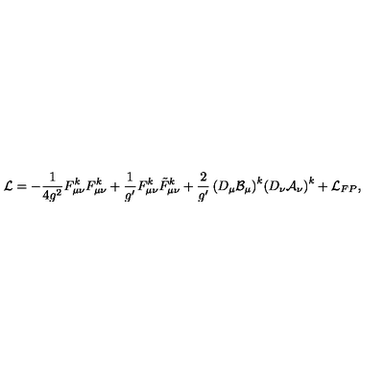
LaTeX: { \cal L } = - \frac { 1 } { 4 g ^ { 2 } } F _ { \mu \nu } ^ { k } F _ { \mu \nu } ^ { k } + \frac { 1 } { g ^ { \prime } } F _ { \mu \nu } ^ { k } \tilde { F } _ { \mu \nu } ^ { k } + \frac { 2 } { g ^ { \prime } } \left( D _ { \mu } \cal { B } _ { \mu } \right) ^ { k } \! \left( D _ { \nu } \cal { A } _ { \nu } \right) ^ { k } + { \cal L } _ { F P } ,